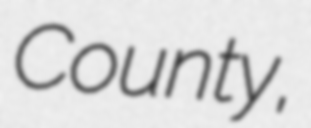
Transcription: County,